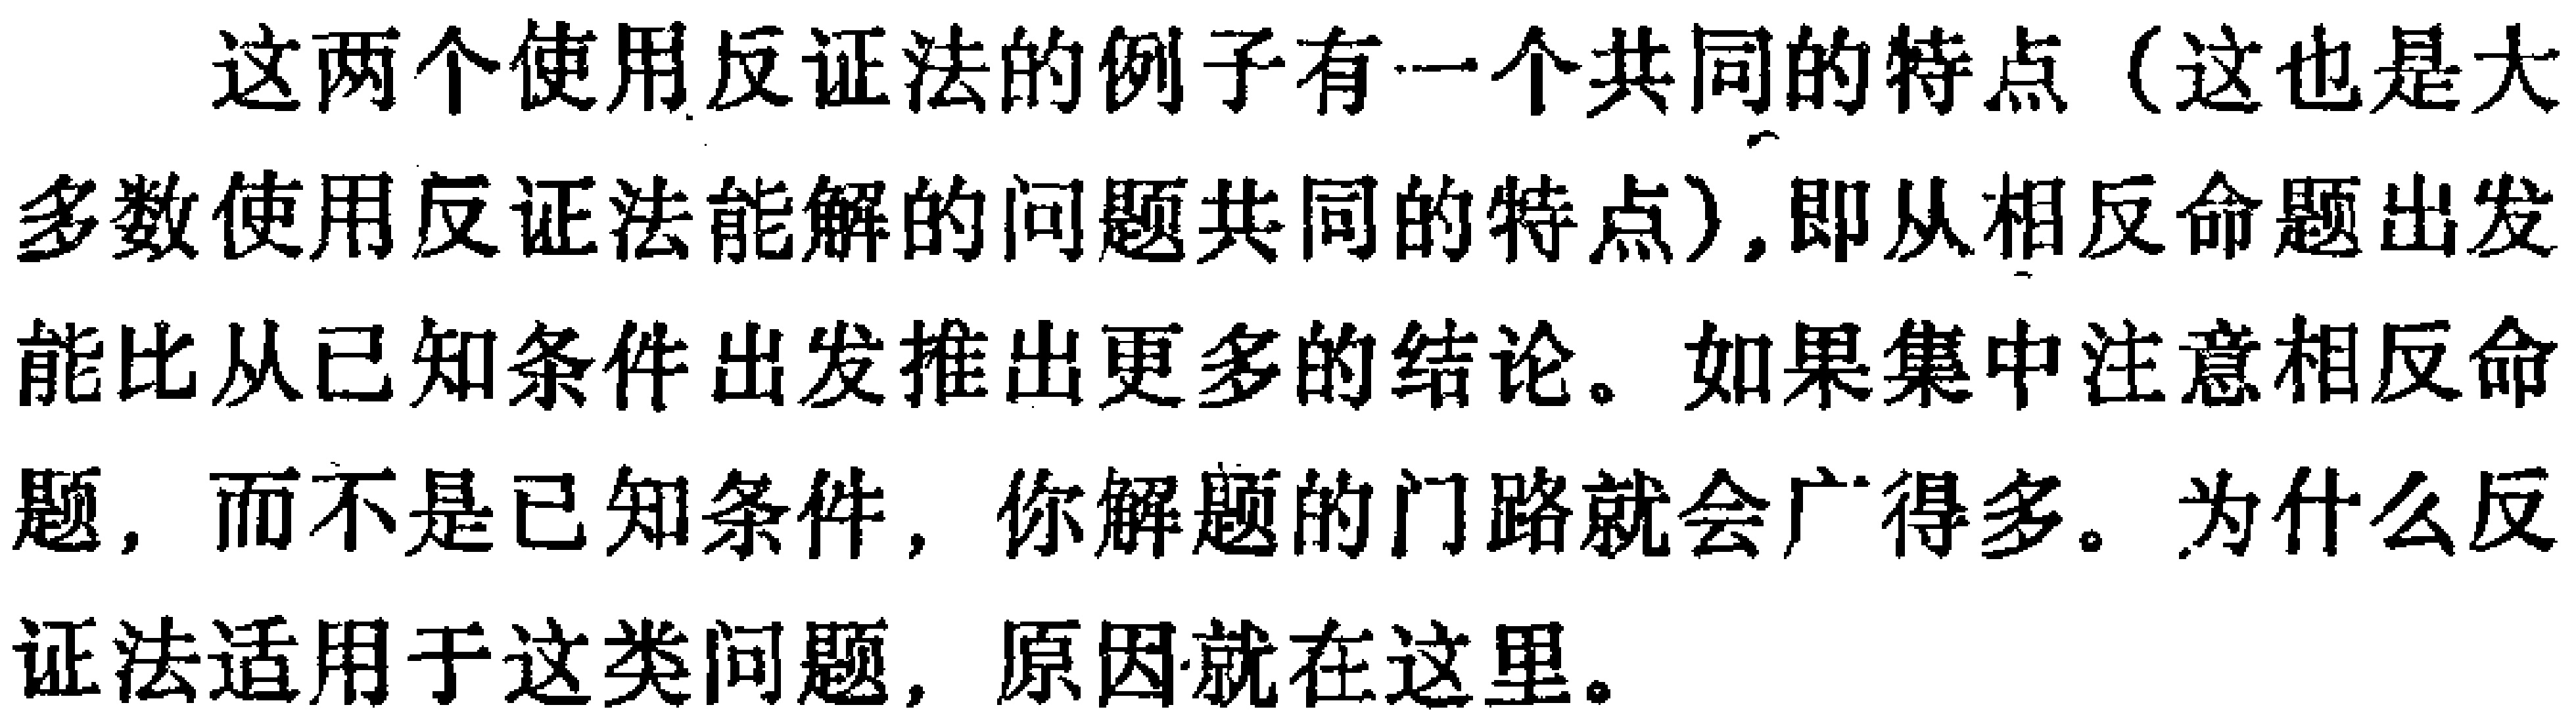
这两个使用反证法的例子有一个共同的特点（这也是大多数使用反证法能解的问题共同的特点）,即从相反命题出发能比从已知条件出发推出更多的结论。如果集中注意相反命题, 而不是已知条件, 你解题的门路就会广得多。为什么反证法适用于这类问题, 原因就在这里。